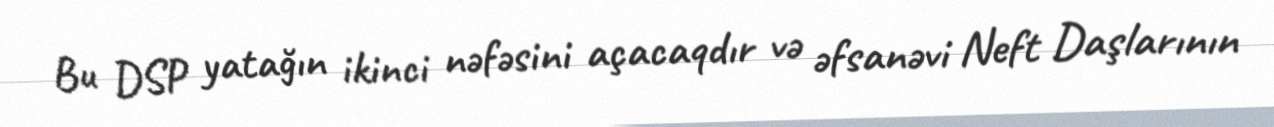
Bu DSP yatağın ikinci nəfəsini açacaqdır və əfsanəvi Neft Daşlarının